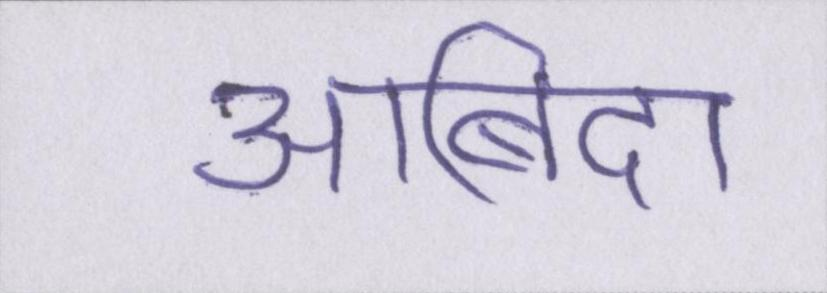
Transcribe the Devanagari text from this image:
आबिदा